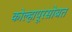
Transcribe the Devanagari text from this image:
कोल्हापूरसोबत